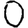
Digit: 0